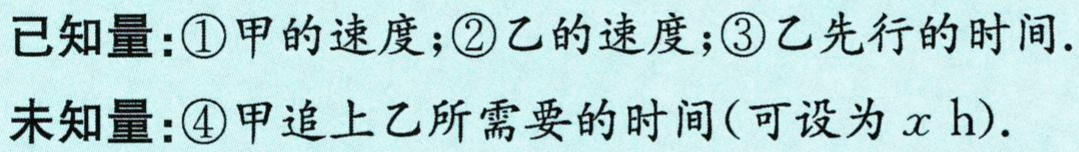
已知量：\textcircled{1}甲的速度；\textcircled{2}乙的速度；\textcircled{3}乙先行的时间.
未知量：\textcircled{4}甲追上乙所需要的时间(可设为\(x\) h).